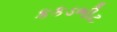
કકડભીટ